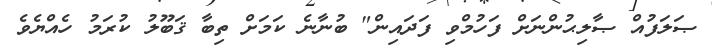
ޞަލަފުއް ޞާލިޙުންނަށް ފަހުމްވި ފަދައިން" ބުނާނެ ކަމަށް ތިބާ ޤަބޫލު ކުރަމު ހެއްޔެވެ